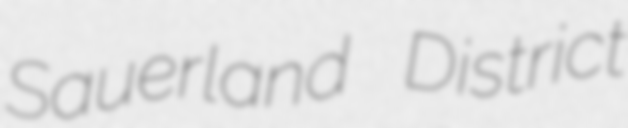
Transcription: Sauerland District